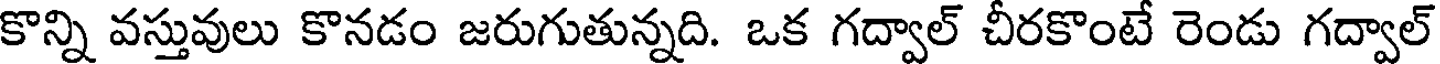
కొన్ని వస్తువులు కొనడం జరుగుతున్నది. ఒక గద్వాల్ చీరకొంటే రెండు గద్వాల్